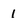
Character: 1